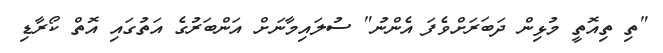
"ތި ތިއޮތީ މުޅިން ދަބަރަށްވެފަ އެންނު" ސުލައިމާނަށް އަންބަރުގެ އަތުގައި އޮތް ކޯރާޑި